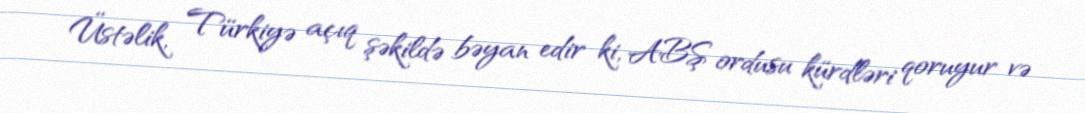
Üstəlik, Türkiyə açıq şəkildə bəyan edir ki, ABŞ ordusu kürdləri qoruyur və